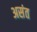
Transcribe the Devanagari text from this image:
असंत